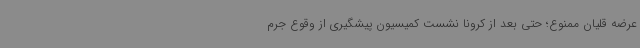
عرضه قلیان ممنوع؛ حتی بعد از کرونا نشست کمیسیون پیشگیری از وقوع جرم